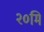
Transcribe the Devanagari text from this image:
२०मि